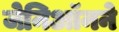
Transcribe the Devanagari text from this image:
जेनिऑनने